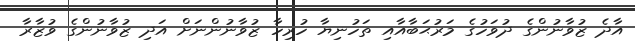
އާދެ ޒުވާނުންގެ ދުވަހުގެ މަރުޙަބާއާއި ތަހުނިޔާ ހުރިހާ ޒުވާނުންނަށް އަދި ޒުވާނުންގެ ވުޒާރާ